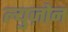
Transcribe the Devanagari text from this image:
ल्युज़ोन